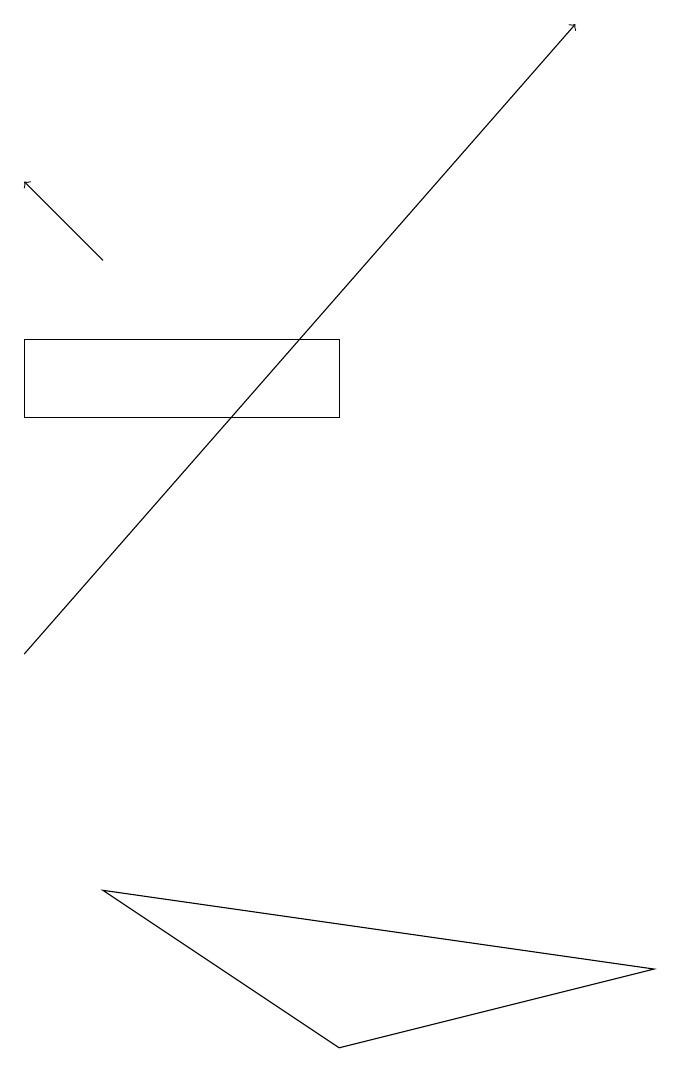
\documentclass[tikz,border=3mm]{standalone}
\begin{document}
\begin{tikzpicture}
\draw[->] (1,11) -- (8,19);
\draw[->] (2,16) -- (1,17);
\draw (1,15) rectangle (5,14);
\draw (2,8) -- (9,7) -- (5,6) -- cycle;
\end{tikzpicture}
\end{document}